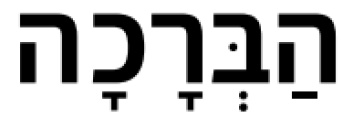
הַבְּרָכָה